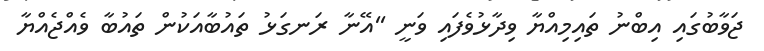
ޖަވާބުގައި އިބްނު ތައިމިއްޔާ ވިދާޅުވެފައި ވަނީ ''އޭނާ ރަނގަޅު ތައުބާއަކުން ތައުބާ ވެއްޖެއްޔާ